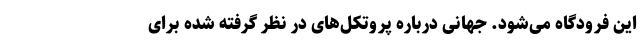
این فرودگاه می‌شود. جهانی درباره پروتکل‌های در نظر گرفته شده برای